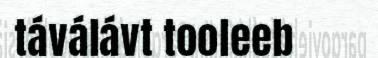
táválávt tooleeb